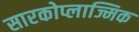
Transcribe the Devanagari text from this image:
सारकोप्लाज्मिक